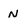
Character: N